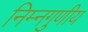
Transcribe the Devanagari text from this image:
निम्नगुणीय